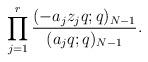
LaTeX: \begin{align*}\prod_{j=1}^{r}\frac{(-a_{j} z_j q;q)_{N-1}}{(a_{j}q;q)_{N-1}}.\end{align*}